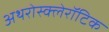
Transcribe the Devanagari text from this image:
अथरोस्क्लेरॉटिक